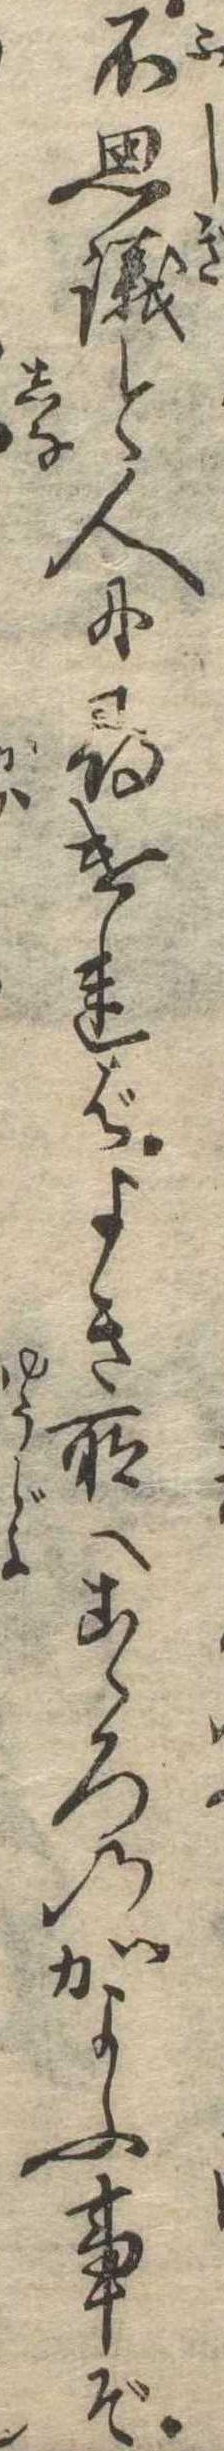
不思議と人に尋ければよき所へこゝろのかよふ事ぞ